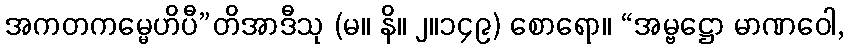
အကတကမ္မေဟိပီ”တိအာဒီသု (မ။ နိ။ ၂။၁၄၉) စောရော။ “အမ္ဗဋ္ဌော မာဏဝေါ,